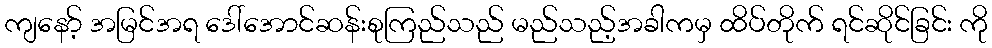
ကျနော့် အမြင်အရ ဒေါ်အောင်ဆန်းစုကြည်သည် မည်သည့်အခါကမှ ထိပ်တိုက် ရင်ဆိုင်ခြင်း ကို